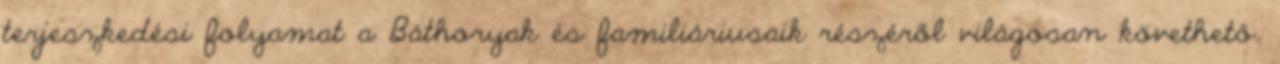
terjeszkedési folyamat a Báthoryak és familiáriusaik részéről világosan követhető.